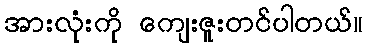
အားလုံးကို ကျေးဇူးတင်ပါတယ်။